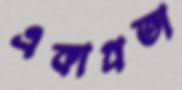
একাগ্রতা